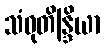
သံဝုတိန္ဒြိယာ